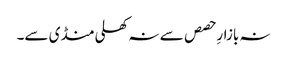
نہ بازارِ حصص سے نہ کھلی منڈی سے۔